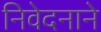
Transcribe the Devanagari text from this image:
निवेदनाने